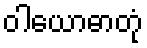
ဝါယောဓာတုံ